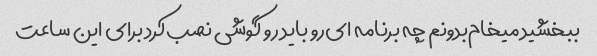
ببخشید میخام‌بدونم چه برنامه ای‌رو‌ باید رو گوشی نصب‌کرد برای این ساعت